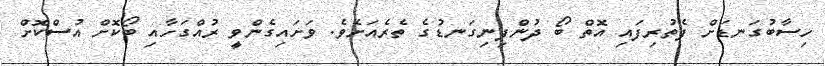
ހިސާބުގަނޑަށް ފެތުރިފައި އޮތް ބޯ ދުންފިނިގަނޑުގެ ތެރެއަށެވެ. ވަށައިގެންވީ ރުއްގަހާއި ބޯކޮށް އުސްކޮށް